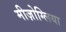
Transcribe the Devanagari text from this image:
मीज़ोग्लिया